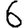
Digit: 6